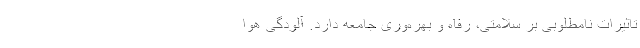
تاثیرات نامطلوبی بر سلامتی، رفاه و بهره‌وری جامعه دارد. آلودگی هوا